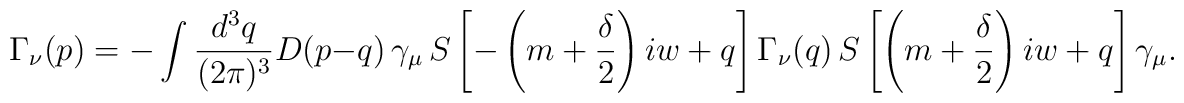
\Gamma_{\nu}(p) = - \int \frac{d^3q}{(2\pi)^3} D(p-q) \, \gamma_\mu \, S\left[-\left(m+\frac{\delta}{2}\right)iw+q\right]       \Gamma_{\nu}(q) \, S\left[\left(m+\frac{\delta}{2}\right)iw+q\right] \gamma_\mu.